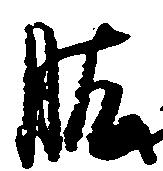
肱